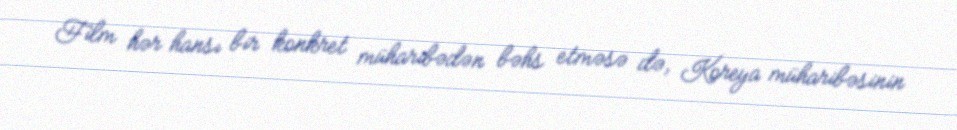
Film hər hansı bir konkret müharibədən bəhs etməsə də, Koreya müharibəsinin